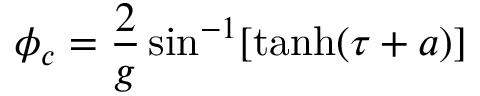
\phi _ { c } = \frac { 2 } { g } \sin ^ { - 1 } [ \operatorname { t a n h } ( \tau + a ) ]